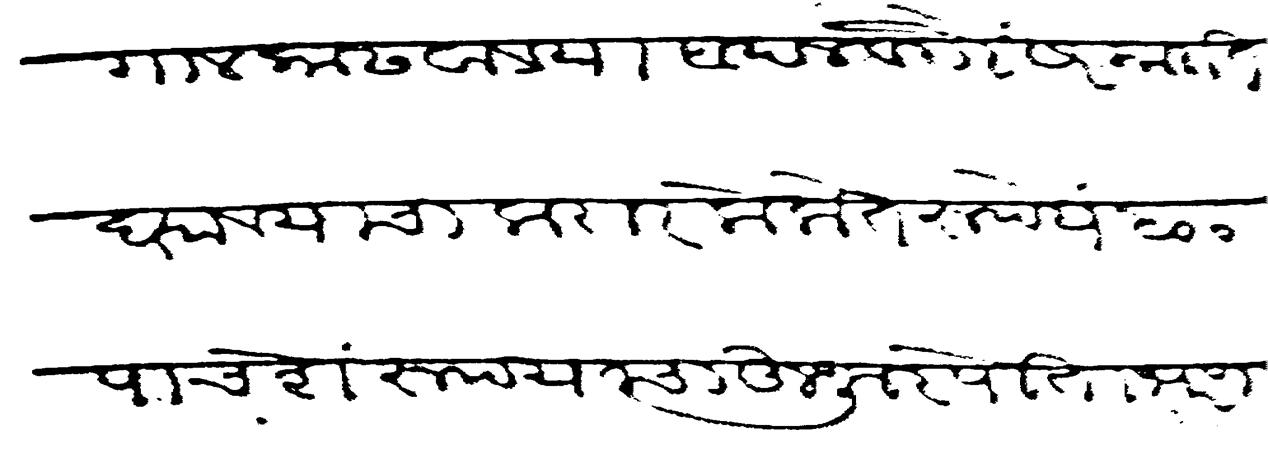
Transliteration (Devanagari): गाल काढवावया बदल वगैरे सरकारात दयावयाचा करार केला ते रुपये ५०० पाचशे रुपयाचा हुजूर पोता भरणा